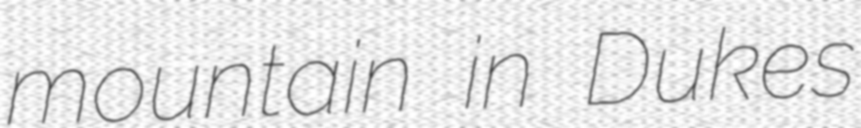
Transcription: mountain in Dukes